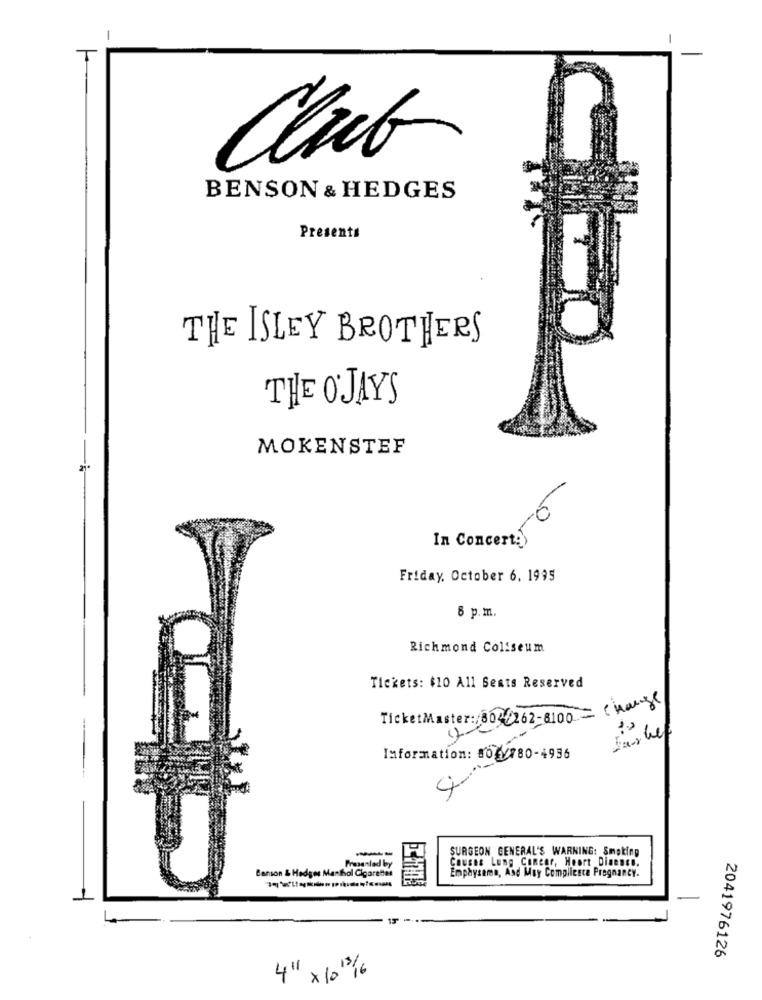
Club
BENSON & HEDGES
Presents
THE ISLEY BROTHERS
THE O'JAYS
MOKENSTEF
0
In Concert:)
Friday, October 6. 1995
8 p.m.
Richmond Coliseum
Tickets: $10 All Sents Reserved
TicketMaster: /8040262-8100 - change
Information: #02/880-4936
4
SURGEON GENERAL'S WARNING: Smoking
Presented by
Carson & Hedges Marthal Cigarettes
Emphysema, And May Complieste Pregnancy.
Causse Lung Concar, Hoort Dimenso.
2041976126
4" x 10 1/6